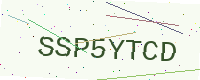
Text: SSP5YTCD